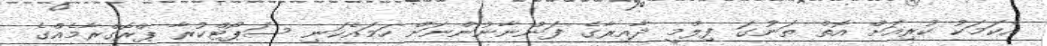
އެކަމަކު ކުރިއަށް އޮތް ތަނުގަ ފިލްމީ ދާއިރާގެ ފަންނާނުންނަށް ހަމައެކަނި ސަޕޯޓްކުރާ ޕްރޮގްރާމެއްގެ